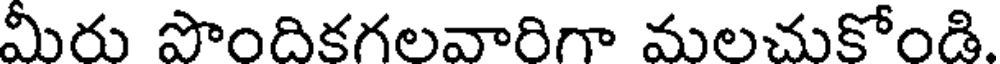
మీరు పొందికగలవారిగా మలచుకోండి